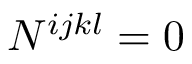
N ^ { i j k l } = 0